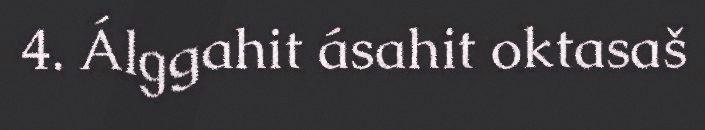
4. Álggahit ásahit oktasaš